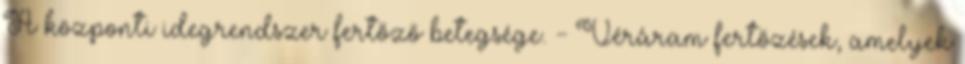
A központi idegrendszer fertőző betegsége. - Véráram fertőzések, amelyek